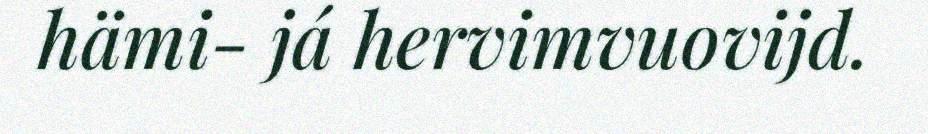
hämi- já hervimvuovijd.